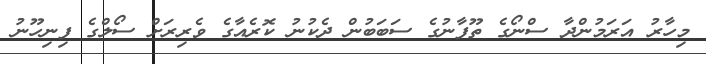
މިހާރު އަރަމުންދާ ސްނޯގެ ތޫފާނުގެ ސަބަބުން ދެކުނު ކޮރެއާގެ ވެރިރަށް ސޯލްގެ ފިނިހޫނު